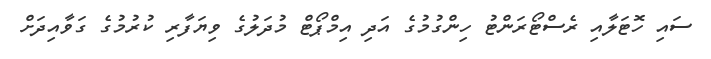
ސައި ހޮޓަލާއި ރެސްޓޯރަންޓު ހިންގުމުގެ އަދި އިމްޕޯޓް މުދަލުގެ ވިޔަފާރި ކުރުމުގެ ގަވާއިދަށް